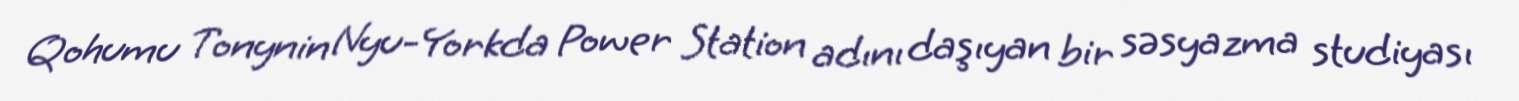
Qohumu Tonynin Nyu-Yorkda Power Station adını daşıyan bir səsyazma studiyası